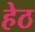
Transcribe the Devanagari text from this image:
हेठ